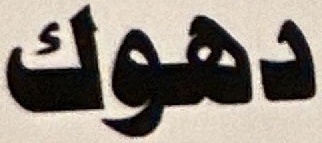
دهوك